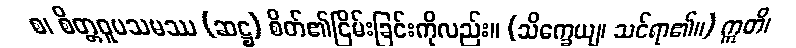
စ၊ စိတ္တဝူပသမဿ (ဆဋ္ဌ) စိတ်၏ငြိမ်းခြင်းကိုလည်း။ (သိက္ခေယျ၊ သင်ရာ၏။) ဣတိ၊